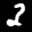
Label: 3